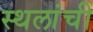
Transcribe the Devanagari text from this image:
स्थलांचीं